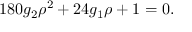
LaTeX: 1 8 0 g _ { 2 } { \rho } ^ { 2 } + 2 4 g _ { 1 } \rho + 1 = 0 .